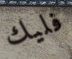
فليك